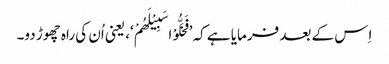
اِس کے بعد فرمایا ہے کہ ’فَخَلُّوْا سَبِیْلَھُمْ‘، یعنی اُن کی راہ چھوڑ دو۔